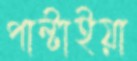
পাল্‌টাইয়া